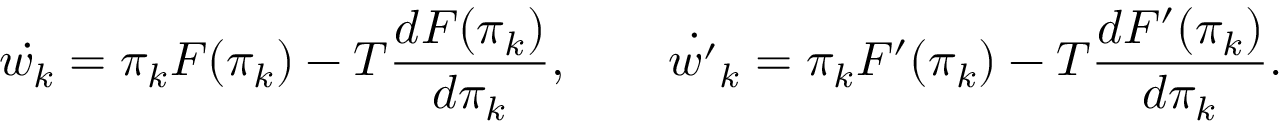
\dot { w _ { k } } = \pi _ { k } F ( \pi _ { k } ) - T { \frac { d { F ( \pi _ { k } ) } } { d \pi _ { k } } } , \qquad \dot { w ^ { \prime } } _ { k } = \pi _ { k } F ^ { \prime } ( \pi _ { k } ) - T { \frac { d { F ^ { \prime } ( \pi _ { k } ) } } { d \pi _ { k } } } .